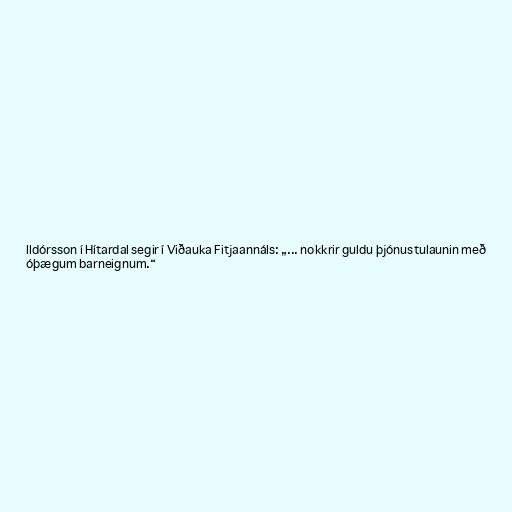
lldórsson í Hítardal segir í Viðauka Fitjaannáls: „... nokkrir guldu þjónustulaunin með
óþægum barneignum.“